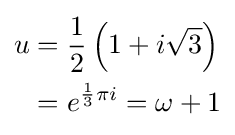
{\begin{aligned}u&={\frac {1}{2}}\left(1+i{\sqrt {3}}\right)\\&=e^{{\frac {1}{3}}\pi i}=\omega +1\end{aligned}}